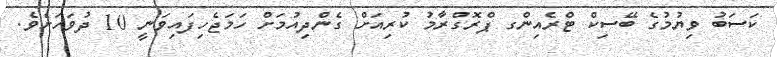
ކަސަބު ވިޔުމުގެ ބޭސިކް ޓްރެއިންގ ޕްރޮގްރާމު ކުރިއަށް ގެންދިއުމަށް ހަމަޖެހިފައިވަނީ 10 ދުވަހަށެވެ.